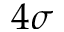
4 \sigma